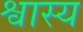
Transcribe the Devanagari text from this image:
श्वास्य